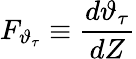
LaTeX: F_{\vartheta_{\tau}}\equiv\frac{d\vartheta_{\tau}}{dZ}